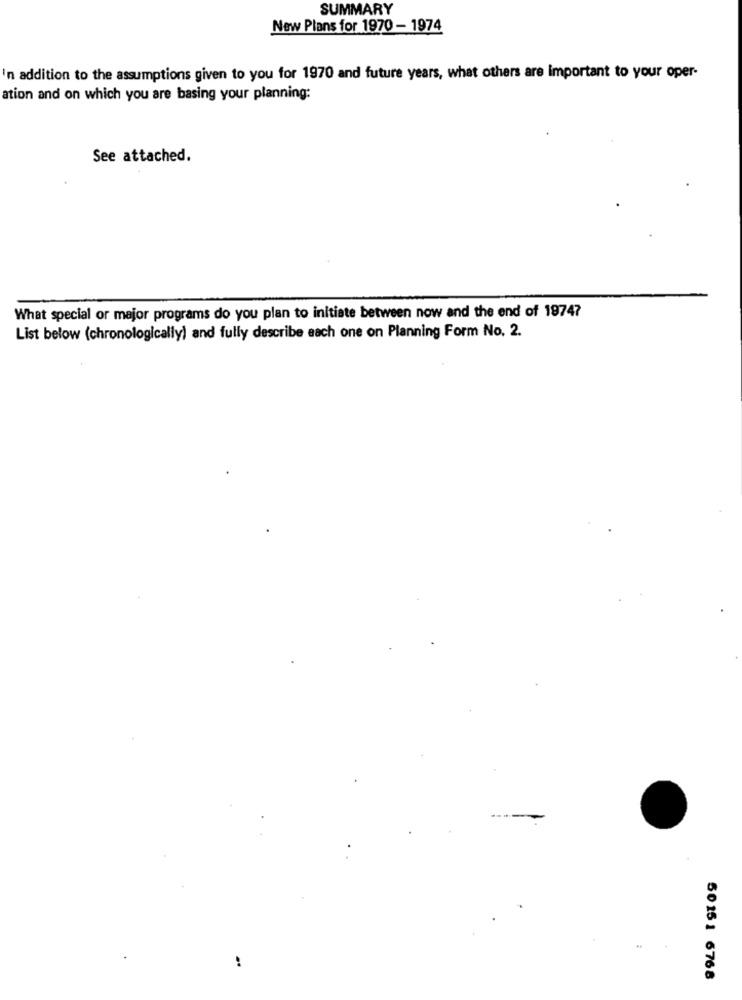
SUMMARY
New Plans for 1970 - 1974
In addition to the assumptions given to you for 1970 and future years, what others are important to your oper-
ation and on which you are basing your planning:
See attached.
What special or major programs do you plan to initiate between now and the end of 19747
List below (chronologically) and fully describe each one on Planning Form No. 2.
..
50151 6768